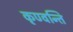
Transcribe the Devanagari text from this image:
कृण्वन्ति